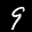
Label: 9